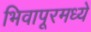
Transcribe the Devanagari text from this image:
भिवापूरमध्ये